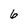
Character: 6